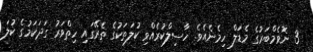
3 ނޮވެމްބަރުގެ މެޑަލް ހިމެނެއެވެ. ހާސިލްކުރެއްވި ކުލަތަކުގެ ތެރޭގައި ހިތްވަރު ގަދަކަމުގެ ކުލަ